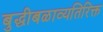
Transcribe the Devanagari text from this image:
बुद्धीबळाव्यतिरिक्त